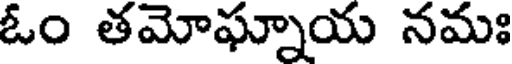
ఓం తమోఘ్నాయ నమః